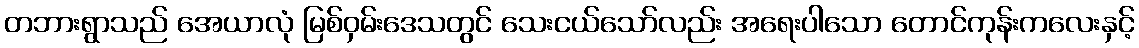
တဘားရွာသည် အေယာလုံ မြစ်ဝှမ်းဒေသတွင် သေးငယ်သော်လည်း အရေးပါသော တောင်ကုန်းကလေးနှင့်